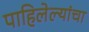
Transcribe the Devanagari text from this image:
पाहिलेल्यांचा